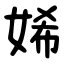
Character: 㛓